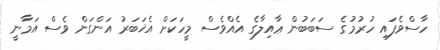
ހާސްވެފައި ހުރުމުގެ ސަބަބުން ޢާއިލާގެ އެއްވެސް މީހަކަށް އެޚަބަރު އަންގަން ވެސް އަމާނީ